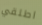
اطلقي